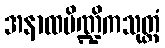
အနာထပိဏ္ဍိကသုတ္တံ